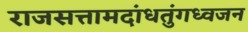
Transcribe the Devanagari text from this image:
राजसत्तामदांधतुंगध्वजन